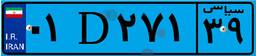
۷۰D۷۰۵۰۶